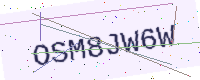
Text: OSM8JW6W